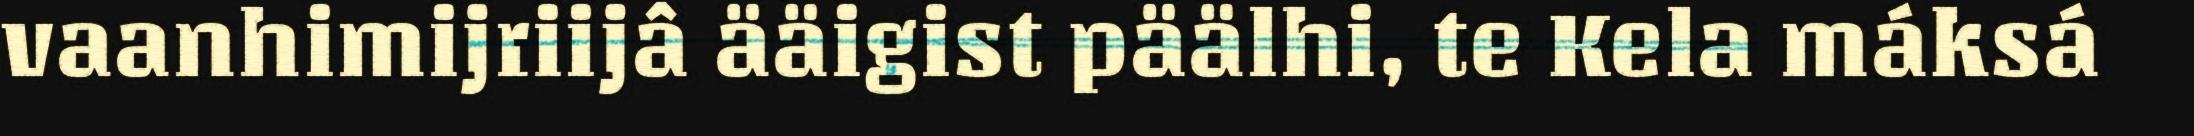
vaanhimijriijâ ääigist päälhi, te Kela máksá